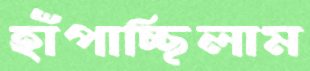
হাঁপাচ্ছিলাম